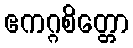
ဧကဂ္ဂစိတ္တော